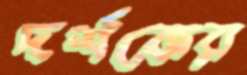
দর্শকের